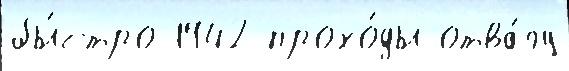
бы́стро 1942 прохо́ды отва́гу